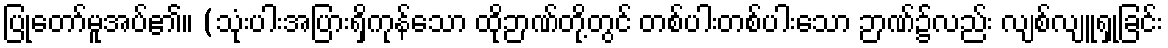
ပြုတော်မူအပ်၏။ (သုံးပါးအပြားရှိကုန်သော ထိုဉာဏ်တို့တွင် တစ်ပါးတစ်ပါးသော ဉာဏ်၌လည်း လျစ်လျူရှုခြင်း